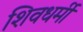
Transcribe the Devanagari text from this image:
शिवधर्मी